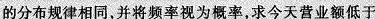
的分布规律相同，并将频率视为概率，求今天营业额低于